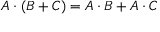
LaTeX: A \cdot ( B + C ) = A \cdot B + A \cdot C